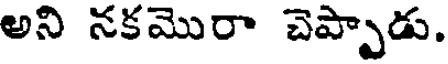
అని నకమొరా చెప్పాడు.